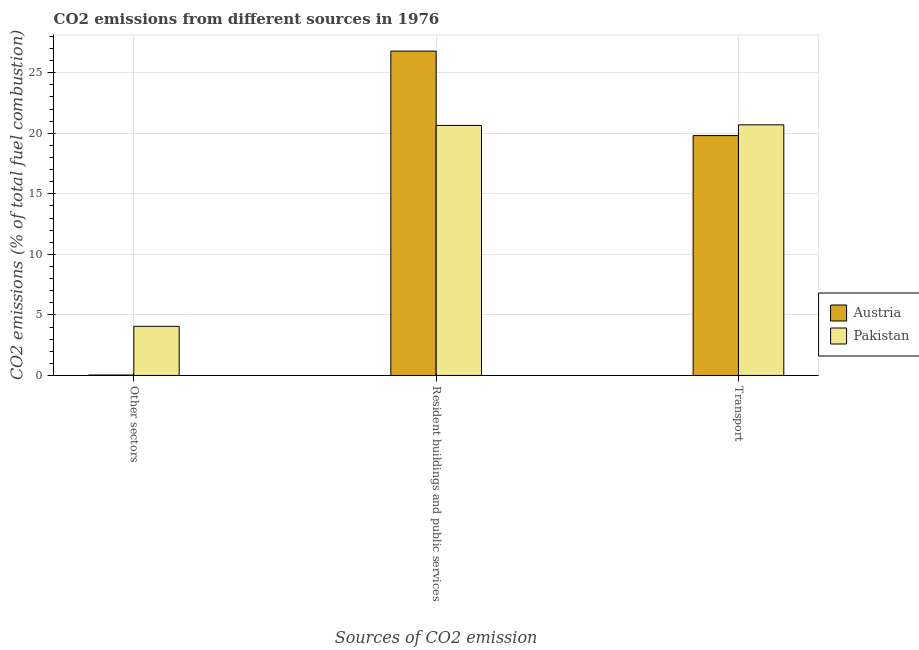
| Sources of CO2 emission | Austria | Pakistan |
 | --- | --- | --- |
 | Other sectors | 0.0368 | 4.06 |
 | Resident buildings and public services | 26.8 | 20.7 |
 | Transport | 19.8 | 20.7 |